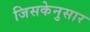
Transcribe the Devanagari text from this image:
जिसकेनुसार